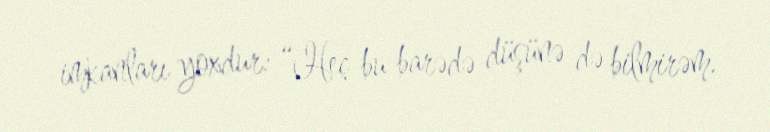
imkanları yoxdur: “Heç bu barədə düşünə də bilmirəm.